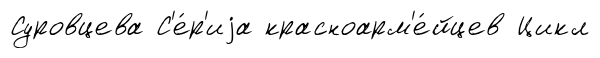
Суровцева С'е́р'иjа красноарм'е́йцев Цикл